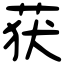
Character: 获